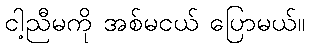
ငါ့ညီမကို အစ်မငယ် ပြောမယ်။